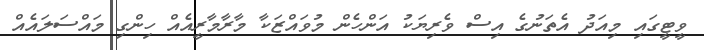
ވީޓީގައި މިއަދު އެތަނުގެ އިސް ވެރިޔަކު އަންހެން މުވައްޒަކާ މާރާމާރީއެއް ހިންގި މައްސަލައެއް